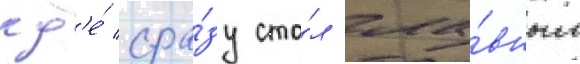
гд'е́ сра́зу ста́л гла́вным